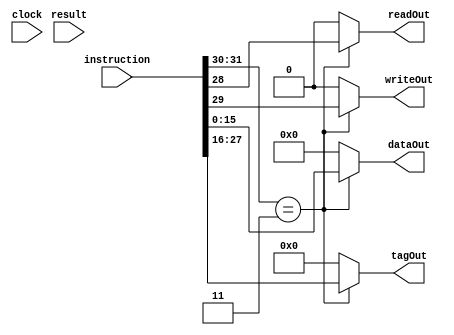
/*
	CEFET-MG
	Disciplina de Laboratrio de Arquitetura e Organizao de Computadores II
	Data: 06/02/2022
	Aluno: Fernando Veizaga e Alanis Castro
*/

module CPU3(clock, instruction, result, writeOut, readOut, tagOut, dataOut);

	input clock;
	input [31:0] instruction;
	input [30:0] result;
	
	output reg writeOut, readOut; 
	output reg [11:0] tagOut;
	output reg [15:0] dataOut;
	
	initial begin
		writeOut = 1'b0;
		readOut = 1'b0;
		tagOut = 12'b0;
		dataOut = 16'b0;
	end
	
	always@(clock)
	begin
		if(instruction[31:30] == 2'b11)
		begin
			writeOut <= instruction[29];
			readOut <= instruction[28];
			tagOut <= instruction[27:16];
			dataOut <= instruction[15:0];
		end
		
		else begin
			writeOut = 1'b0;
			readOut = 1'b0;
			tagOut = 12'b0;
			dataOut = 16'b0;
		end
	end

endmodule